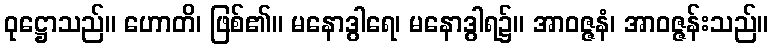
ဝုဋ္ဌောသည်။ ဟောတိ၊ ဖြစ်၏။ မနောဒွါရေ၊ မနောဒွါရ၌။ အာဝဇ္ဇနံ၊ အာဝဇ္ဇန်းသည်။